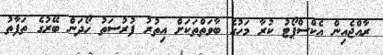
ރާއްޖެއިން އެކްސްޕޯޓު ކުރާ މަހުގެ ބާވަތްތަކަށް އިތުރު ފުރުސަތު ހޯދަން ބޭރުގެ ތަފާތު